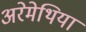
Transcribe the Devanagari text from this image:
अरेमेथिया